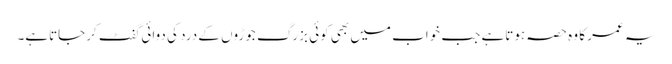
یہ عمر کا وہ حصہ ہوتاہے جب خواب میں بھی کوئی بزرگ جوڑوں کے درد کی دوائی گفٹ کرجاتاہے۔